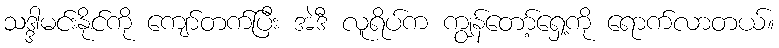
သဒ္ဒါမင်းနိုင်ကို ကျော်တက်ပြီး အဲဒီ လူရိပ်က ကျွန်တော့်ရှေ့ကို ရောက်လာတယ်။